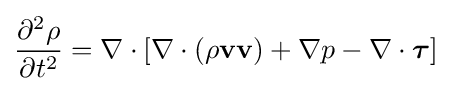
{\frac {\partial ^{2}\rho }{\partial t^{2}}}=\nabla \cdot \left[\nabla \cdot (\rho \mathbf {v} \mathbf {v} )+\nabla p-\nabla \cdot {\boldsymbol {\tau }}\right]